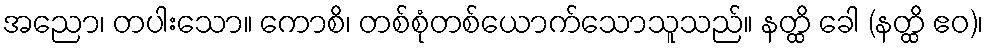
အညော၊ တပါးသော။ ကောစိ၊ တစ်စုံတစ်ယောက်သောသူသည်။ နတ္ထိ ခေါ (နတ္ထိ ဧဝ)၊